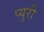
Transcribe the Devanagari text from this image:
प्युरी